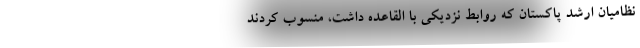
نظامیان ارشد پاکستان که روابط نزدیکی با القاعده داشت، منسوب کردند